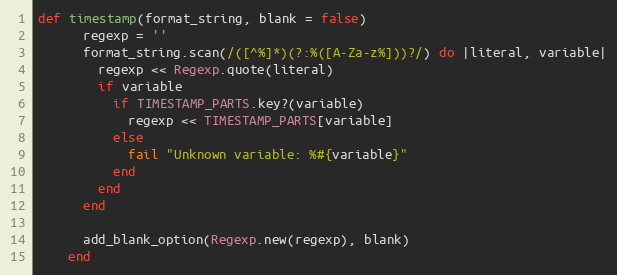
Language: Ruby
def timestamp(format_string, blank = false)
      regexp = ''
      format_string.scan(/([^%]*)(?:%([A-Za-z%]))?/) do |literal, variable|
        regexp << Regexp.quote(literal)
        if variable
          if TIMESTAMP_PARTS.key?(variable)
            regexp << TIMESTAMP_PARTS[variable]
          else
            fail "Unknown variable: %#{variable}"
          end
        end
      end

      add_blank_option(Regexp.new(regexp), blank)
    end